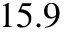
1 5 . 9